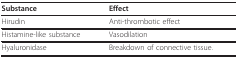
<table><thead><tr><td><b>Substance</b></td><td><b>Effect</b></td></tr></thead><tbody><tr><td>Hirudin</td><td>Anti-thrombotic effect</td></tr><tr><td>Histamine-like substance</td><td>Vasodilation</td></tr><tr><td>Hyaluronidase</td><td>Breakdown of connective tissue.</td></tr></tbody></table>